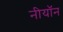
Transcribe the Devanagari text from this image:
नीयॉन